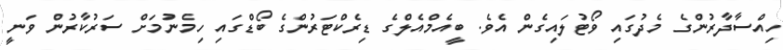
ހިއްސާދާރުންގެ މެދުގައި ވޯޓުލައިގެން އެވެ. ބީއެމްއެލްގެ ޑިރެކްޓަރުންގެ ބޯޑްގައި ހިމެނުމަށް ސަރުކާރުން ވަނީ